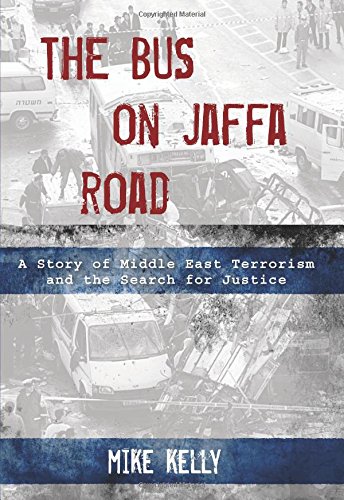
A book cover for Bus on Jaffa Road: A Story of Middle East Terrorism and the Search for Justice; Mike Kelly; History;